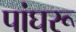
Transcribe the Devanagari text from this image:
पांघरू